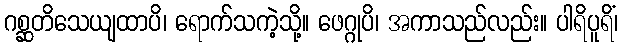
ဂစ္ဆတိသေယျထာပိ၊ ရောက်သကဲ့သို့။ ဖေဂ္ဂုပိ၊ အကာသည်လည်း။ ပါရိပူရိံ၊